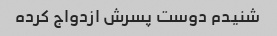
شنیدم دوست پسرش ازدواج کرده